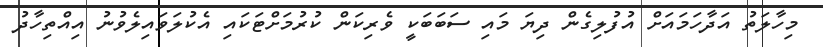
މިހާލަތު އަދާހަމައަށް އުފުލިގެން ދިޔަ މައި ސަބަބަކީ ވެރިކަން ކުރުމަށްޓަކައި އެކުލަވައިލެވުނު އިއްތިހާދު